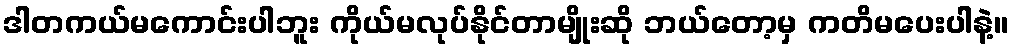
ဒါတကယ်မကောင်းပါဘူး ကိုယ်မလုပ်နိုင်တာမျိုးဆို ဘယ်တော့မှ ကတိမပေးပါနဲ့။